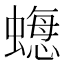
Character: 𧐟